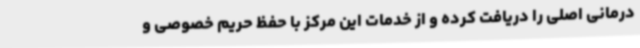
درمانی اصلی را دریافت کرده و از خدمات این مرکز با حفظ حریم خصوصی و